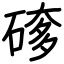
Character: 䃎